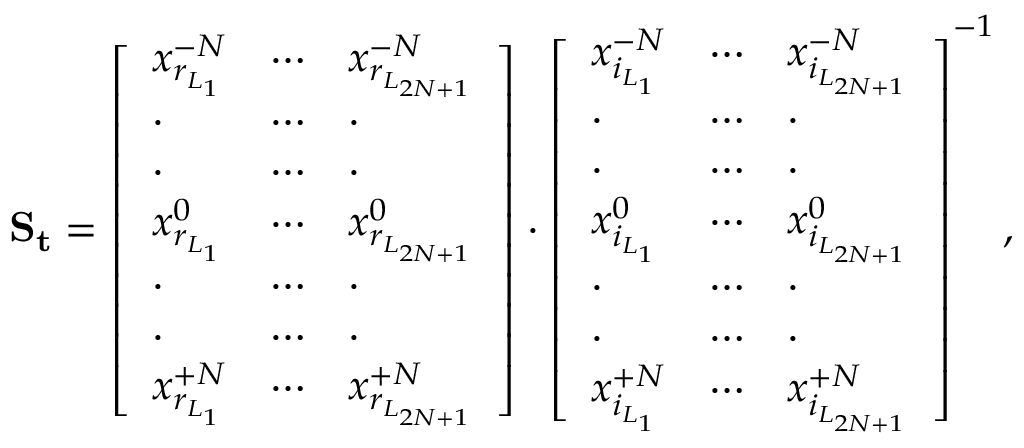
\mathbf { S _ { t } } = \left[ \begin{array} { l l l } { x _ { r _ { L _ { 1 } } } ^ { - N } } & { \cdots } & { x _ { r _ { L _ { 2 N + 1 } } } ^ { - N } } \\ { \cdot } & { \cdots } & { \cdot } \\ { \cdot } & { \cdots } & { \cdot } \\ { x _ { r _ { L _ { 1 } } } ^ { 0 } } & { \cdots } & { x _ { r _ { L _ { 2 N + 1 } } } ^ { 0 } } \\ { \cdot } & { \cdots } & { \cdot } \\ { \cdot } & { \cdots } & { \cdot } \\ { x _ { r _ { L _ { 1 } } } ^ { + N } } & { \cdots } & { x _ { r _ { L _ { 2 N + 1 } } } ^ { + N } } \end{array} \right] \cdot \left[ \begin{array} { l l l } { x _ { i _ { L _ { 1 } } } ^ { - N } } & { \cdots } & { x _ { i _ { L _ { 2 N + 1 } } } ^ { - N } } \\ { \cdot } & { \cdots } & { \cdot } \\ { \cdot } & { \cdots } & { \cdot } \\ { x _ { i _ { L _ { 1 } } } ^ { 0 } } & { \cdots } & { x _ { i _ { L _ { 2 N + 1 } } } ^ { 0 } } \\ { \cdot } & { \cdots } & { \cdot } \\ { \cdot } & { \cdots } & { \cdot } \\ { x _ { i _ { L _ { 1 } } } ^ { + N } } & { \cdots } & { x _ { i _ { L _ { 2 N + 1 } } } ^ { + N } } \end{array} \right] ^ { - 1 } ,